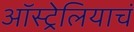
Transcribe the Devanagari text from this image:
ऑस्ट्रेलियाचं